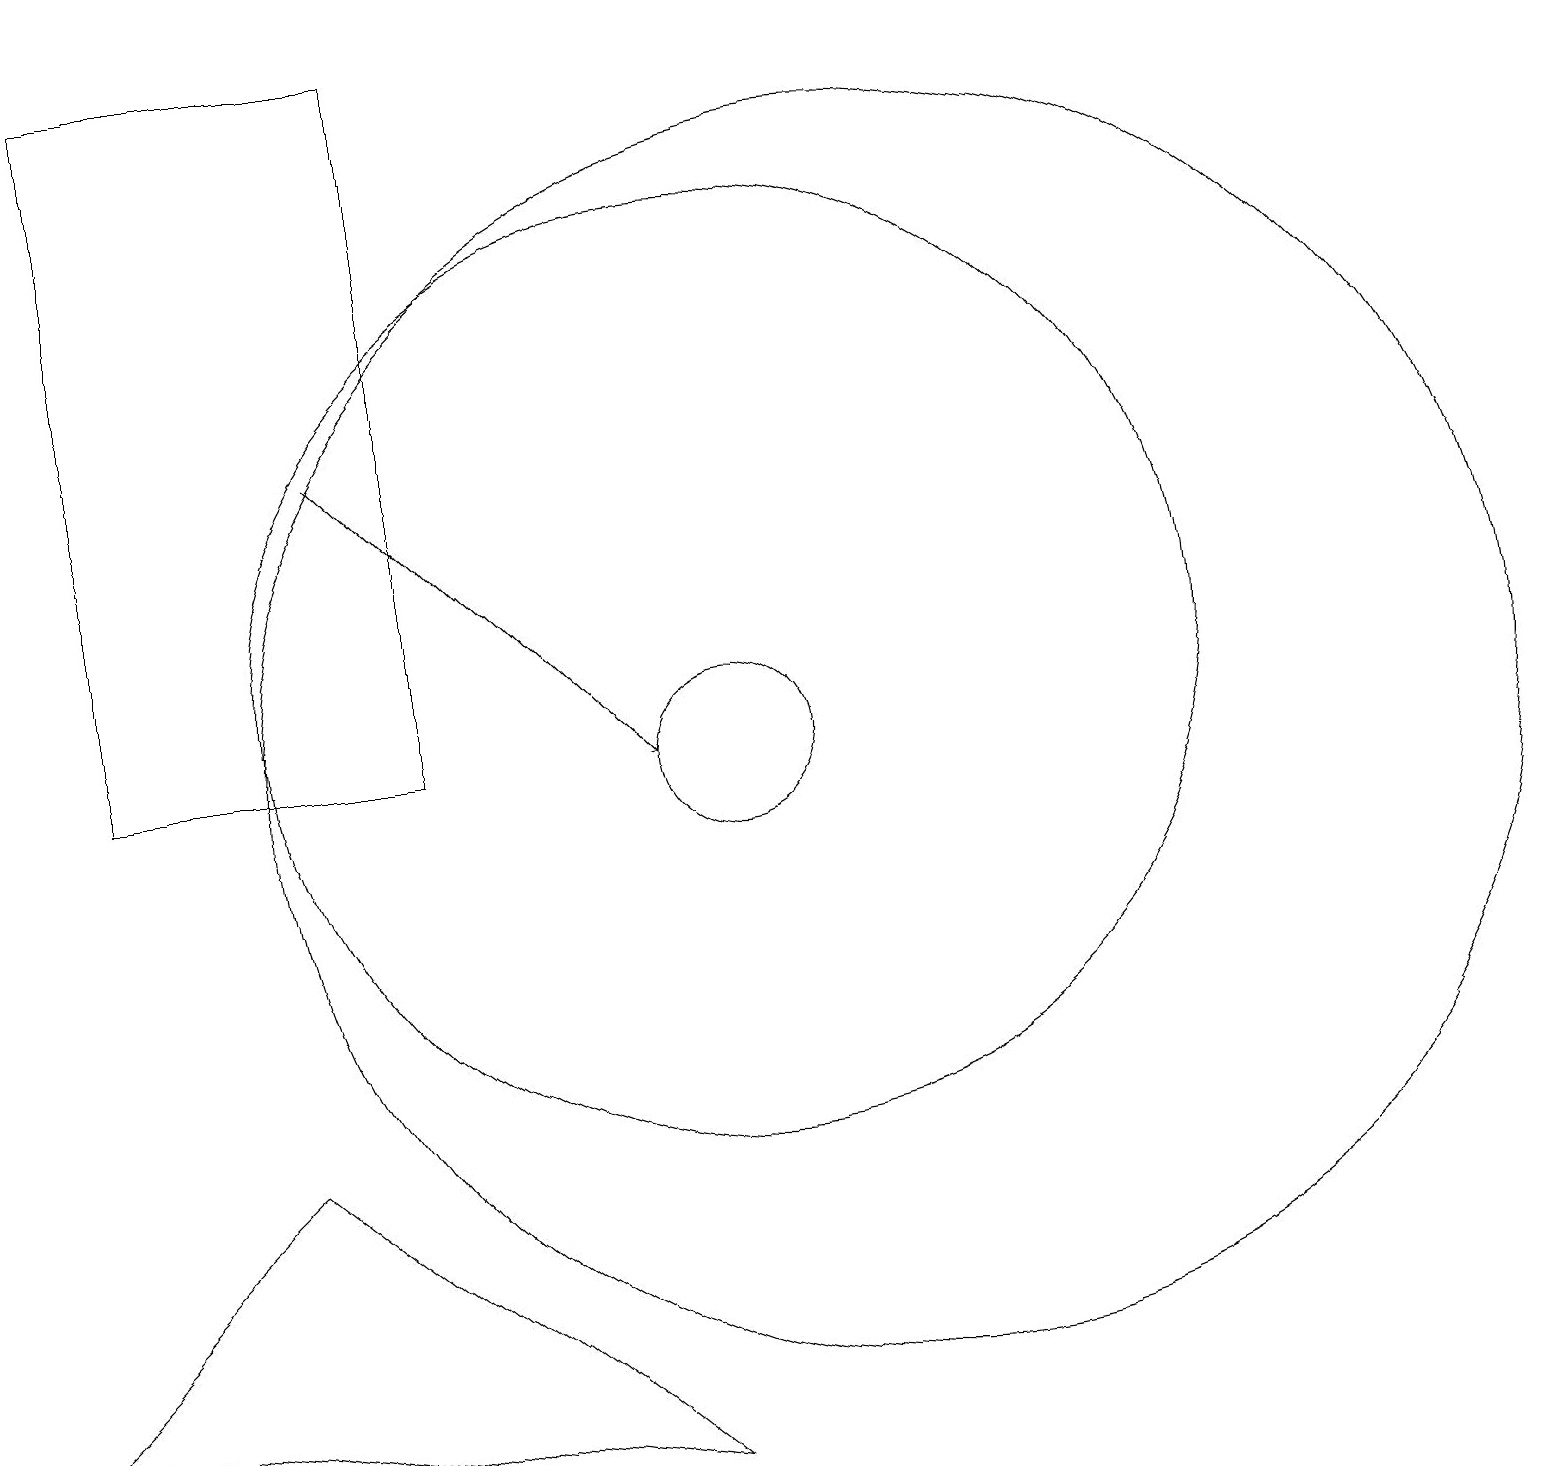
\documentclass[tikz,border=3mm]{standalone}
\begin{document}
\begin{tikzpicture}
\draw (12,10) circle (8);
\draw (1,2) -- (9,1) -- (4,5) -- cycle;
\draw (10,11) circle (6);
\draw (10,10) circle (1);
\draw[->] (5,14) -- (9,10);
\draw (2,19) rectangle (6,10);
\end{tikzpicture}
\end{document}